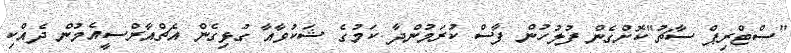
"ސްޓްރިޕް ސާޗު"ކޮށްގެން ފުލުހުން ފާސް ކުރަމުންދާ ކަމުގެ ޝަކުވާއާ ގުޅިގެން އެޗްއާރްސީއެމުން ދެއްކި